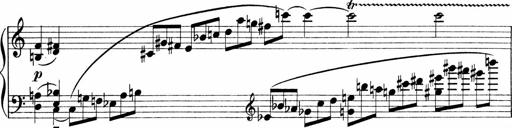
Title: Sonatina No.1
Composer: Otto Stoll
Key: C major